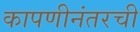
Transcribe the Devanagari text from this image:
कापणीनंतरची